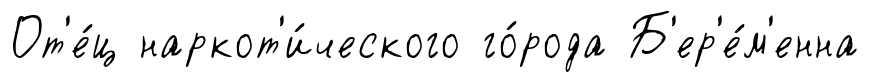
От'е́ц наркот'и́ческого го́рода Б'ер'е́м'енна